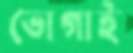
ভোগাই